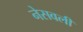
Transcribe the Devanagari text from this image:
नेसवली